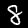
Digit: 8